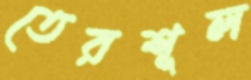
তেরশূল